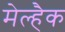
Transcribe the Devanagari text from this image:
मेल्हैक